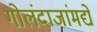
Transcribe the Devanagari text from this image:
गोलंदाजांमद्ये